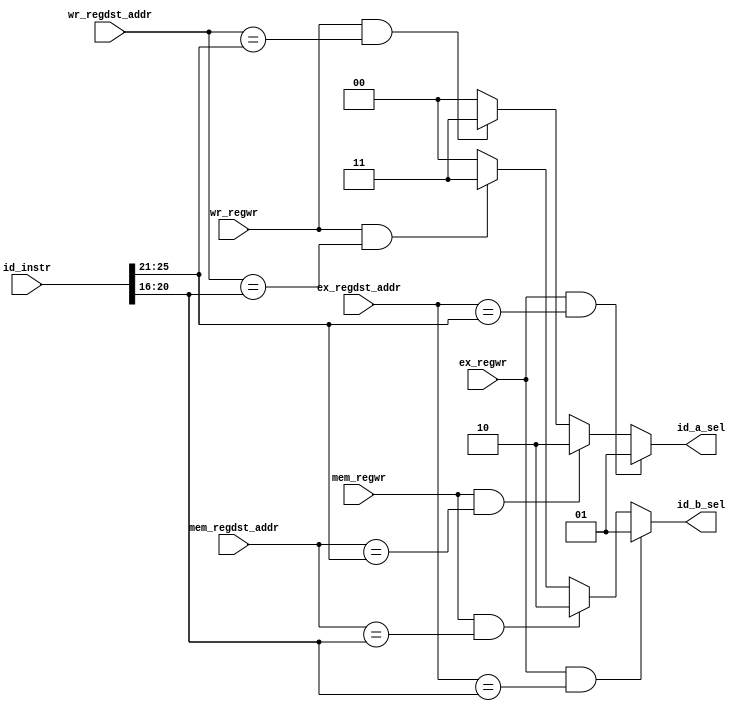
module FU(
	input [31:0]id_instr,
	input ex_regwr,
	input [4:0]ex_regdst_addr,
	input mem_regwr,
	input [4:0]mem_regdst_addr,
	input wr_regwr,
	input [4:0]wr_regdst_addr,
	output reg[1:0]id_a_sel,
	output reg[1:0]id_b_sel
);

	wire [4:0] id_rt;
	wire [4:0] id_rs;
	
	assign id_rt[4:0] = id_instr[20:16];
	assign id_rs[4:0] = id_instr[25:21];

	//Ex > Mem > Wr
	always@(*)
	begin
		if((ex_regwr == 1'b1) && (ex_regdst_addr == id_rs))
			id_a_sel[1:0] = 2'b01;
		else if((mem_regwr == 1'b1) && (mem_regdst_addr == id_rs))
			id_a_sel[1:0] = 2'b10;
		else if((wr_regwr == 1'b1) && (wr_regdst_addr == id_rs))
			id_a_sel[1:0] = 2'b11;
		else
			id_a_sel[1:0] = 2'b00;
	end
	
	//Ex > Mem > Wr
	always@(*)
	begin
		if((ex_regwr == 1'b1) && (ex_regdst_addr == id_rt))
			id_b_sel[1:0] = 2'b01;
		else if((mem_regwr == 1'b1) && (mem_regdst_addr == id_rt))
			id_b_sel[1:0] = 2'b10;
		else if((wr_regwr == 1'b1) && (wr_regdst_addr == id_rt))
			id_b_sel[1:0] = 2'b11;
		else
			id_b_sel[1:0] = 2'b00;
	end
	
endmodule